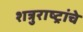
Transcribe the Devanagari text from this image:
शत्रुराष्ट्रांचे